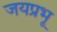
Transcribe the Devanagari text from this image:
जयप्रभू